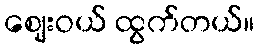
ဈေးဝယ် ထွက်တယ်။